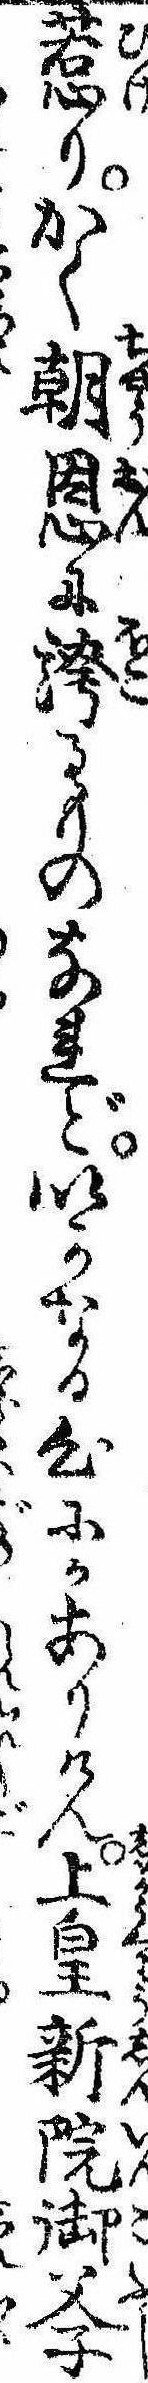
惹りかく朝恩に誇るものなれどいかなる心にかありけん上皇新院御父子